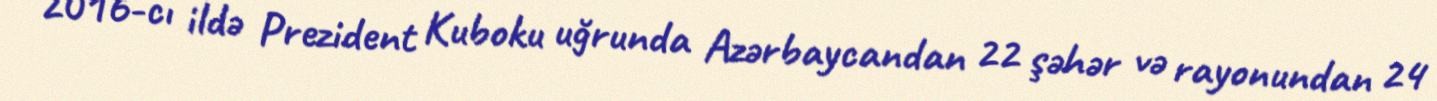
2016-cı ildə Prezident Kuboku uğrunda Azərbaycandan 22 şəhər və rayonundan 24